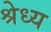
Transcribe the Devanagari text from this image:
श्रेध्य